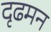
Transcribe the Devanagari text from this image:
दृढमन